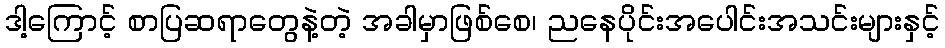
ဒါ့ကြောင့် စာပြဆရာတွေနဲ့တဲ့ အခါမှာဖြစ်စေ၊ ညနေပိုင်းအပေါင်းအသင်းများနှင့်